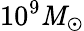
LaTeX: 10^{9}\mathit{M}_{\odot}